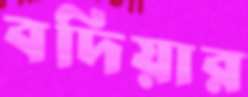
বদিয়ার